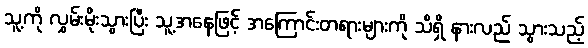
သူ့ကို လွှမ်းမိုးသွားပြီး သူ့အနေဖြင့် အကြောင်းတရားများကို သိရှိ နားလည် သွားသည့်